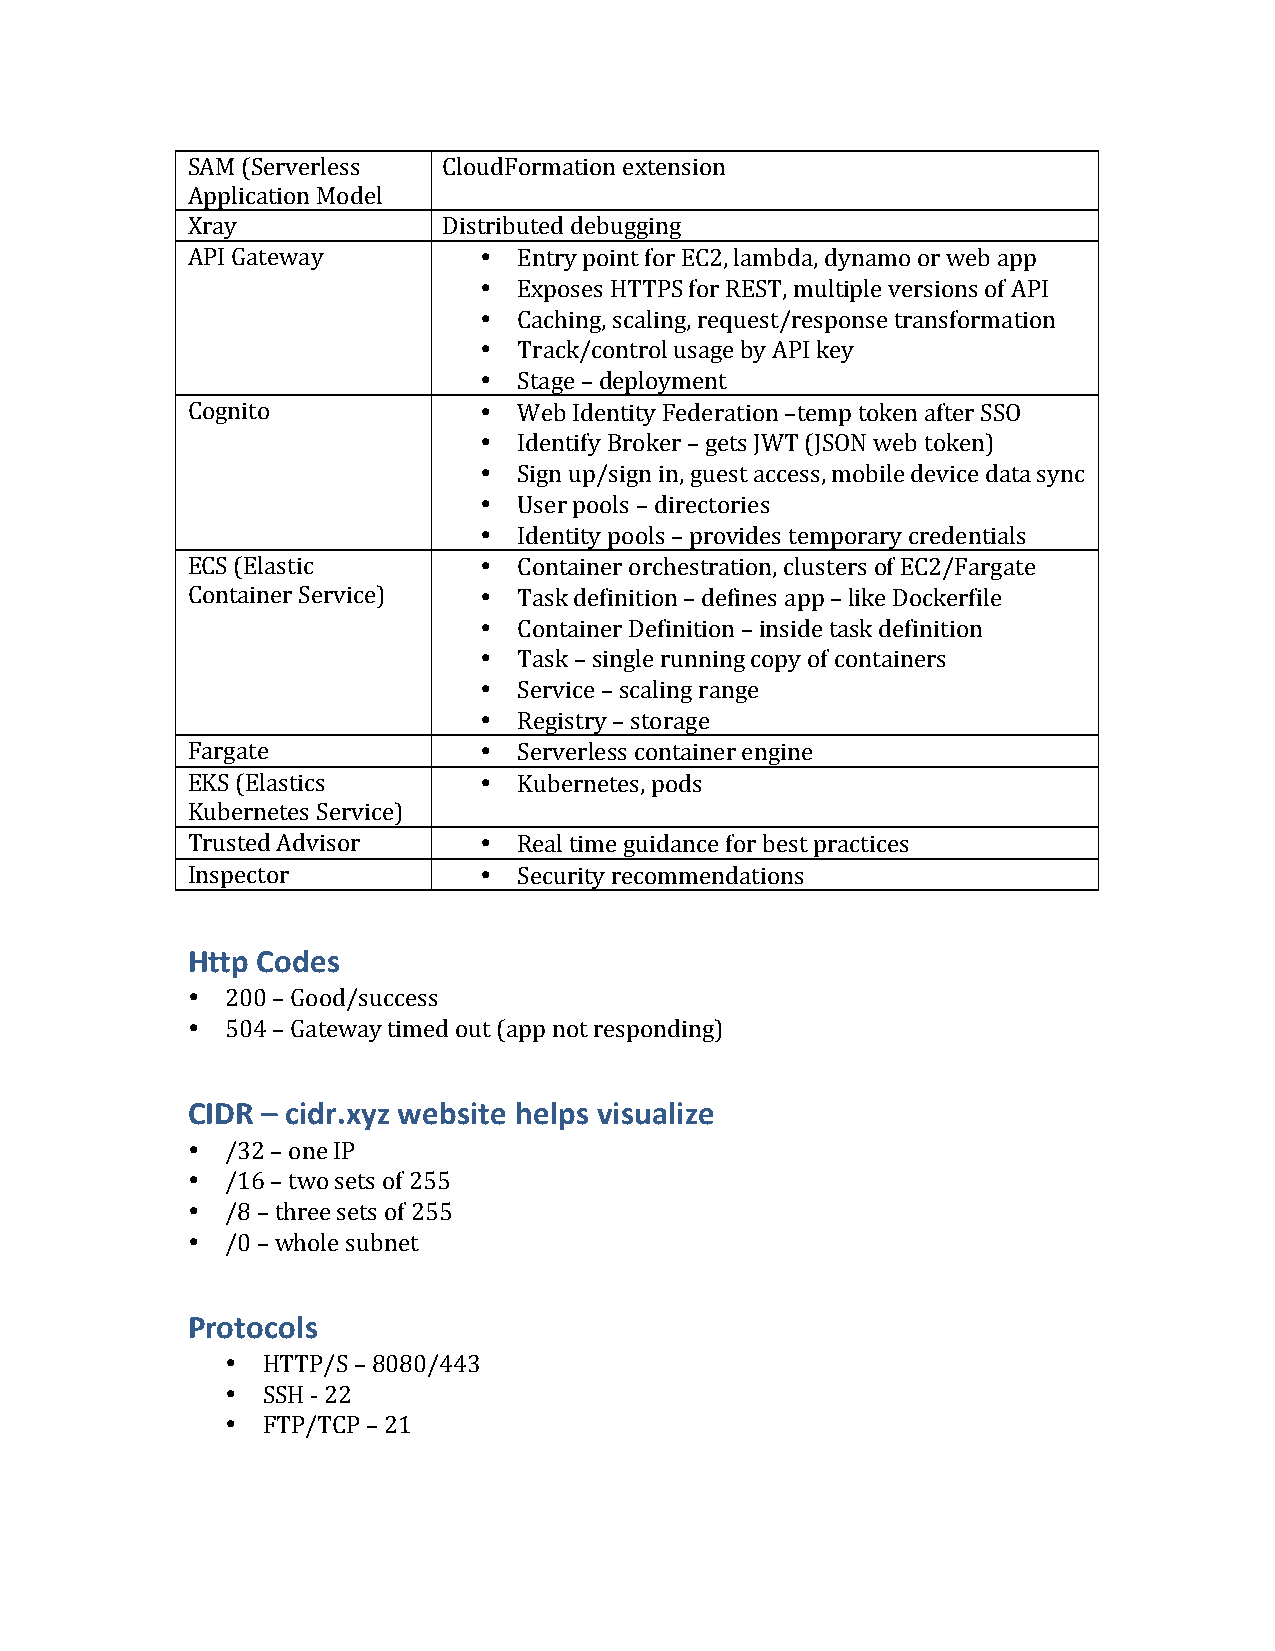
SAM (Serverless  CloudFormation extension
 Application Model
 Xray             Distributed debugging
 API Gateway         • Entry point for EC2, lambda, dynamo or web app
 • Exposes HTTPS for REST, multiple versions of API
 • Caching, scaling, request/response transformation
 • Track/control usage by API key
 • Stage – deployment
 Cognito             • Web Identity Federation –temp token after SSO
 • Identify Broker – gets JWT (JSON web token)
 • Sign up/sign in, guest access, mobile device data sync
 • User pools – directories
 • Identity pools – provides temporary credentials
 ECS (Elastic        • Container orchestration, clusters of EC2/Fargate
 Container Service)  • Task definition – defines app – like Dockerfile
 • Container Definition – inside task definition
 • Task – single running copy of containers
 • Service – scaling range
 • Registry – storage
 Fargate             • Serverless container engine
 EKS (Elastics       • Kubernetes, pods
 Kubernetes Service)
 Trusted Advisor     • Real time guidance for best practices
 Inspector           • Security recommendations
 Http Codes
 •  200 – Good/success
 •  504 – Gateway timed out (app not responding)
 CIDR – cidr.xyz website helps visualize
 •  /32 – one IP
 •  /16 – two sets of 255
 •  /8 – three sets of 255
 •  /0 – whole subnet
 Protocols
 • HTTP/S – 8080/443
 • SSH - 22
 • FTP/TCP – 21